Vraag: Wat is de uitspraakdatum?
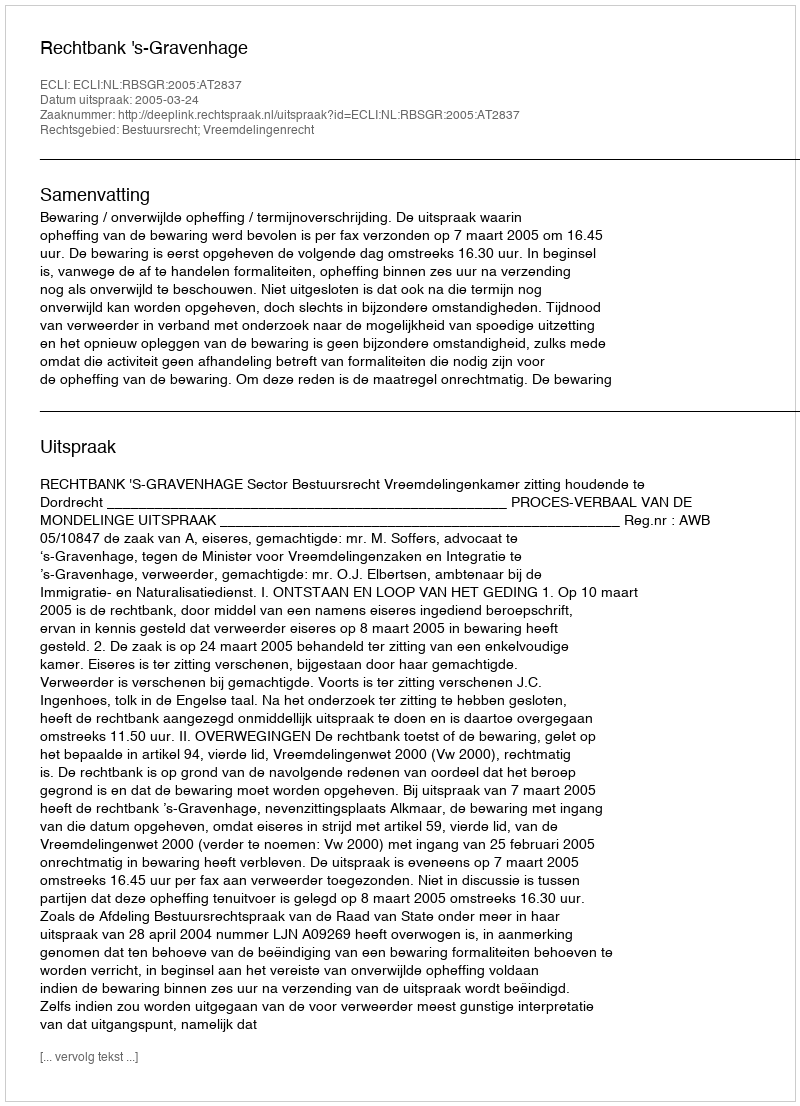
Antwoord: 2005-03-24